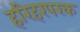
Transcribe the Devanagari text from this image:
हरिहरपरक